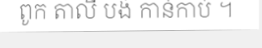
ពូក តាលី បង់ កាន់កាប់ ។